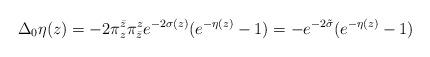
LaTeX: \begin{align*}\Delta_0\eta(z) = -2 \pi^{\bar z}_z \pi^{z}_{\bar z}e^{-2\sigma(z)}(e^{-\eta(z)}-1) = - e^{-2\tilde\sigma}(e^{-\eta(z)}-1)\end{align*}